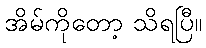
အိမ်ကိုတော့ သိရပြီ။